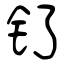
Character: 钌